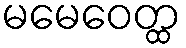
မမေဝေတ္ထ